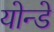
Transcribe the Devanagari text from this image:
योन्डे